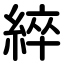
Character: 綷